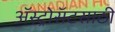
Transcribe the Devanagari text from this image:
ॲस्ट्रोसॅटसाठी